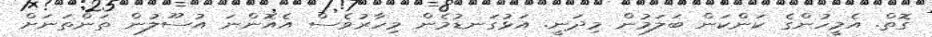
ގޮތް. އެމީހުންގެ ކަންކަން ބަލަމުން މިދަނީ. އަޅުގަނޑުމެން މިހާރުވެސް އެއޮންނަ އުސޫލުން ތަންތަނަށް